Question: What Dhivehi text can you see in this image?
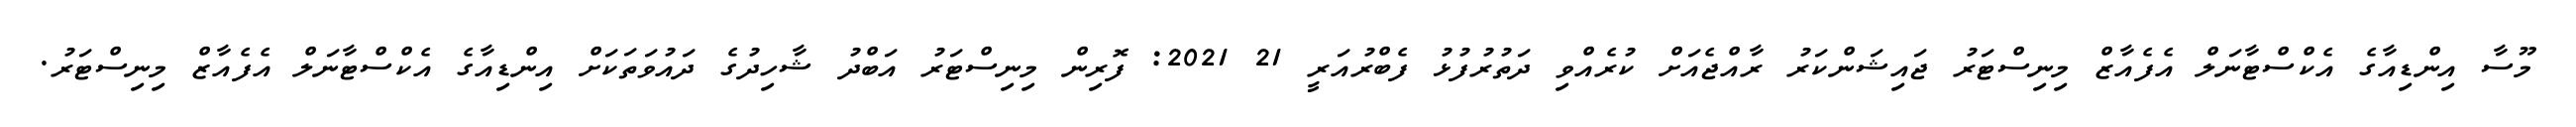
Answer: މޫސާ އިންޑިއާގެ އެކްސްޓާނަލް އެފެއާޒް މިނިސްޓަރު ޖައިޝަންކަރު ރާއްޖެއަށް ކުރެއްވި ދަތުރުފުޅު ފެބްރުއަރީ 21 2021: ފޮރިން މިނިސްޓަރު އަބްދު ޝާހިދުގެ ދައުވަތަކަށް އިންޑިއާގެ އެކްސްޓާނަލް އެފެއާޒް މިނިސްޓަރު.